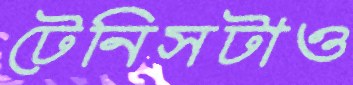
টেনিসটাও